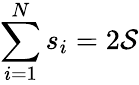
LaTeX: \sum_{i=1}^{N}s_{i}=2\mathcal S